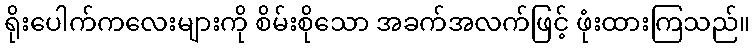
ရိုးပေါက်ကလေးများကို စိမ်းစိုသော အခက်အလက်ဖြင့် ဖုံးထားကြသည်။